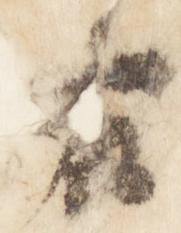
右